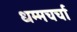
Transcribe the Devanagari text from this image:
धम्मचर्चा